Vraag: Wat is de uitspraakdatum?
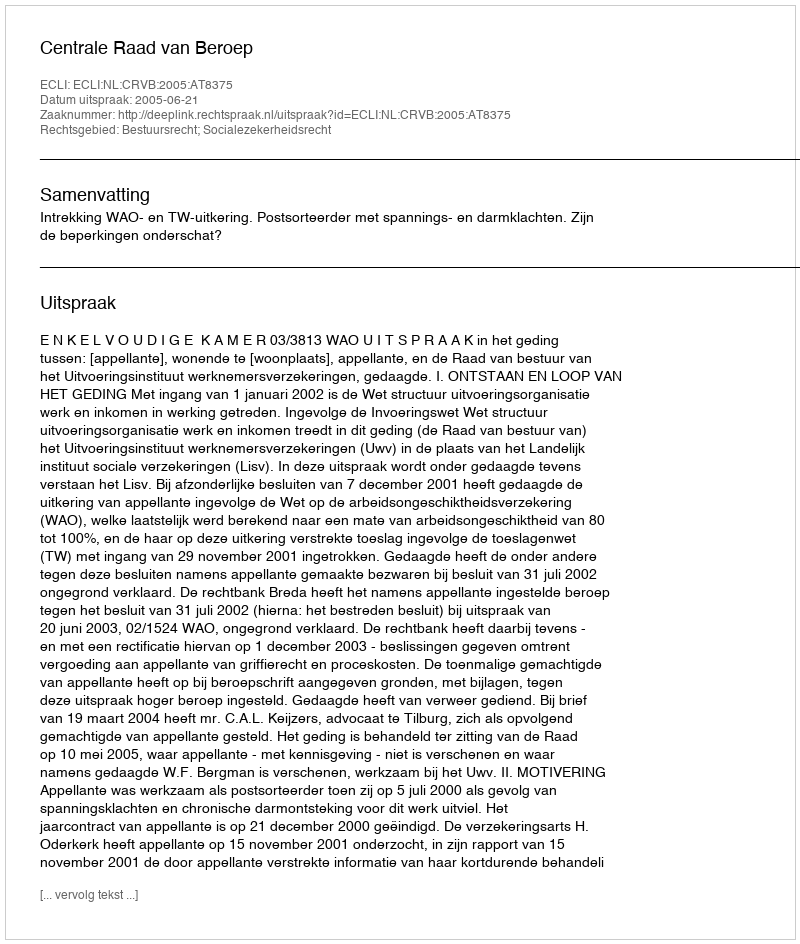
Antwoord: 2005-06-21